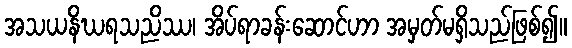
အသယနိဃရသညိဿ၊ အိပ်ရာခန်းဆောင်ဟာ အမှတ်မရှိသည်ဖြစ်၍။